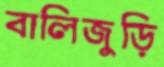
বালিজুড়ি